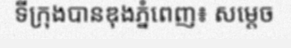
ទីក្រុងបានឌុងភ្នំពេញ៖ សម្តេច